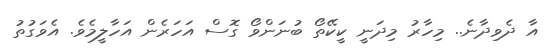
އާ ދެވިދާނެ.. މިހާރު މިދަނީ ކީކޭތޯ ބުނަންވޯ ގޮސް އަހަރެން އަހާލީމެވެ. އެވަގުތު